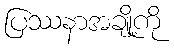
ပြဿနာအချို့ကို